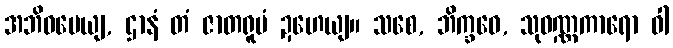
အဘိဓမေယျ, ဌာနံ တံ ဇာတရူပံ ဍဟေယျ။ သစေ, ဘိက္ခဝေ, သုဝဏ္ဏကာရော ဝါ